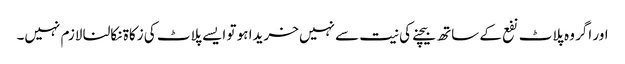
اور اگر وہ پلاٹ نفع کے ساتھ بیچنے کی نیت سے نہیں خریدا ہو تو ایسے پلاٹ کی زکاۃ نکالنا لازم نہیں۔